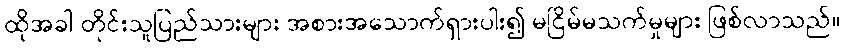
ထိုအခါ တိုင်းသူပြည်သားများ အစားအသောက်ရှားပါး၍ မငြိမ်မသက်မှုများ ဖြစ်လာသည်။